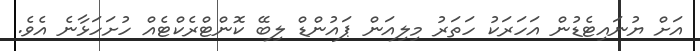
އަށް ޔުނައިޓެޑުން އަހަރަކު ހަތަރު މިލިއަން ޕައުންޑް ލިބޭ ކޮންޓްރެކްޓެއް ހުށަހަޅާނެ އެވެ.